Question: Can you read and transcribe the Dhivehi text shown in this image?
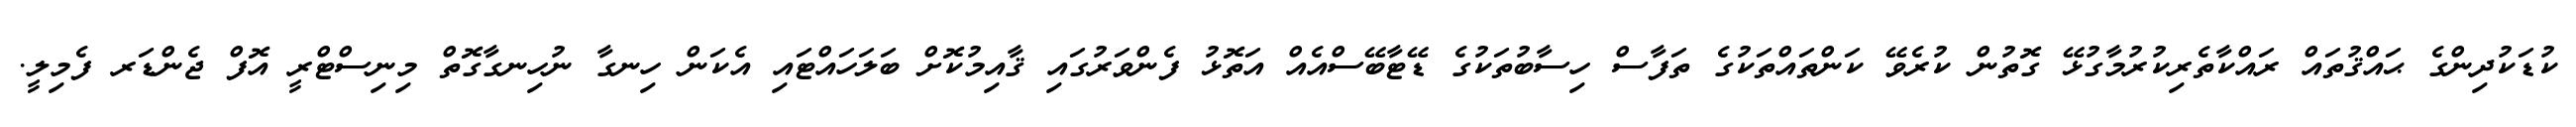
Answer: ކުޑަކުދިންގެ ޙައްޤުތައް ރައްކާތެރިކުރުމާގުޅޭ ގޮތުން ކުރެވޭ ކަންތައްތަކުގެ ތަފާސް ހިސާބުތަކުގެ ޑޭޓާބޭސްއެއް އަތޮޅު ފެންވަރުގައި ޤާއިމުކޮށް ބަލަހައްޓައި އެކަން ހިނގާ ނުހިނގާގޮތް މިނިސްޓްރީ އޮފް ޖެންޑަރ ފެމިލީ.